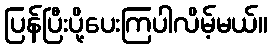
ပြန်ပြီးပို့ပေးကြပါလိမ့်မယ်။